Source: Handwritten
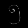
Digit: ၅ (5)